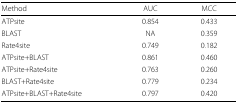
| Method | AUC | MCC |
 | --- | --- | --- |
 | ATPsite | 0.854 | 0.433 |
 | BLAST | NA | 0.359 |
 | Rate4site | 0.749 | 0.182 |
 | ATPsite+BLAST | 0.861 | 0.460 |
 | ATPsite+Rate4site | 0.763 | 0.260 |
 | BLAST+Rate4site | 0.779 | 0.234 |
 | ATPsite+BLAST+Rate4site | 0.797 | 0.420 |